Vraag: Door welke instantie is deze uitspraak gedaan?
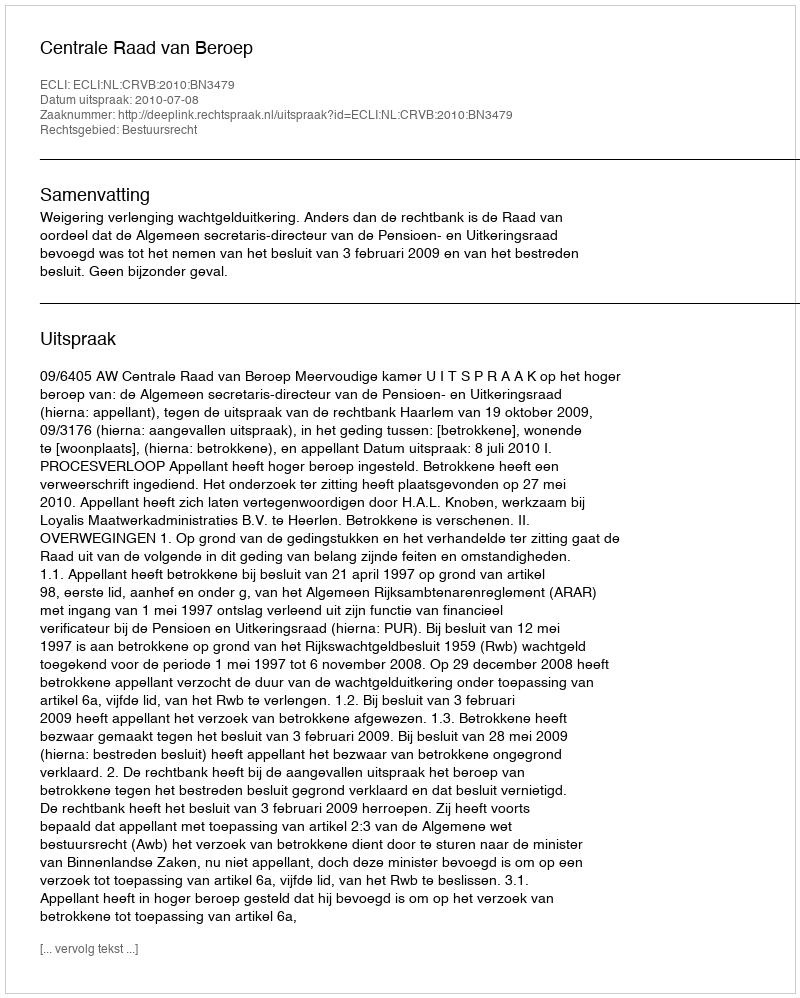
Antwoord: Centrale Raad van Beroep